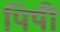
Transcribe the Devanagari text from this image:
पिपी